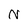
Character: N